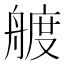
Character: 艔